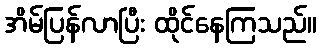
အိမ်ပြန်လာပြီး ထိုင်နေကြသည်။